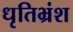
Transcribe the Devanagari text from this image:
धृतिभ्रंश